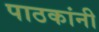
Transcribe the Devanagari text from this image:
पाठकांनी